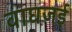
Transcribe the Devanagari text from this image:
वाघजई